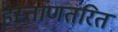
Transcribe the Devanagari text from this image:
हस्तांणतरित